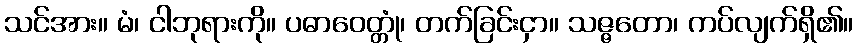
သင်အား။ မံ၊ ငါဘုရားကို။ ပဓာဝေတ္တုံ၊ တက်ခြင်းငှာ။ သဇ္ဇတော၊ ကပ်လျက်ရှိ၏။